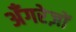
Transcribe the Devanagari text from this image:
अँगरेज़ों